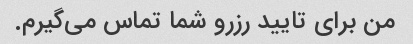
من برای تایید رزرو شما تماس می‌گیرم.